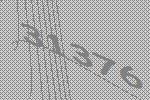
31376